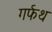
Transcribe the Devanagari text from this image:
गर्फथ